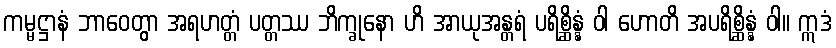
ကမ္မဋ္ဌာနံ ဘာဝေတွာ အရဟတ္တံ ပတ္တဿ ဘိက္ခုနော ဟိ အာယုအန္တရံ ပရိစ္ဆိန္နံ ဝါ ဟောတိ အပရိစ္ဆိန္နံ ဝါ။ ဣဒံ